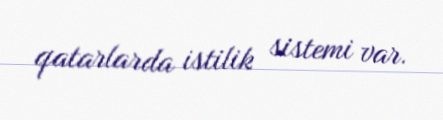
qatarlarda istilik sistemi var.